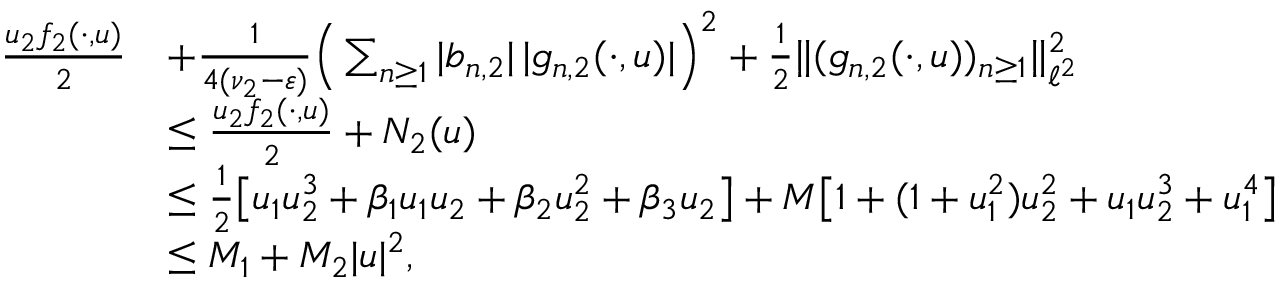
\begin{array} { r l } { \frac { u _ { 2 } f _ { 2 } ( \cdot , u ) } { 2 } } & { + \frac { 1 } { 4 ( \nu _ { 2 } - \varepsilon ) } \Big ( \sum _ { n \geq 1 } | b _ { n , 2 } | \, | g _ { n , 2 } ( \cdot , u ) | \Big ) ^ { 2 } + \frac 1 2 \| ( g _ { n , 2 } ( \cdot , u ) ) _ { n \geq 1 } \| _ { \ell ^ { 2 } } ^ { 2 } } \\ & { \leq \frac { u _ { 2 } f _ { 2 } ( \cdot , u ) } { 2 } + N _ { 2 } ( u ) } \\ & { \leq \frac 1 2 \big [ u _ { 1 } u _ { 2 } ^ { 3 } + \beta _ { 1 } u _ { 1 } u _ { 2 } + \beta _ { 2 } u _ { 2 } ^ { 2 } + \beta _ { 3 } u _ { 2 } \big ] + M \big [ 1 + ( 1 + u _ { 1 } ^ { 2 } ) u _ { 2 } ^ { 2 } + u _ { 1 } u _ { 2 } ^ { 3 } + u _ { 1 } ^ { 4 } \big ] } \\ & { \leq M _ { 1 } + M _ { 2 } | u | ^ { 2 } , } \end{array}